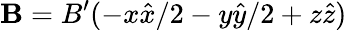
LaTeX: \mathbf{B}=B^{\prime}(-x\hat{x}/2-y\hat{y}/2+z\hat{z})